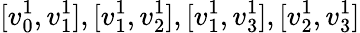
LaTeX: [v_{0}^{1},v_{1}^{1}],[v_{1}^{1},v_{2}^{1}],[v_{1}^{1},v_{3}^{1}],[v_{2}^{1},v_{3}^{1}]